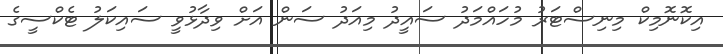
އިކޮނޮމިކް މިނިސްޓަރު މުހައްމަދު ސައީދު މިއަދު ސަން އަށް ވިދާޅުވީ ސައިކަލު ޓެކްސީގެ